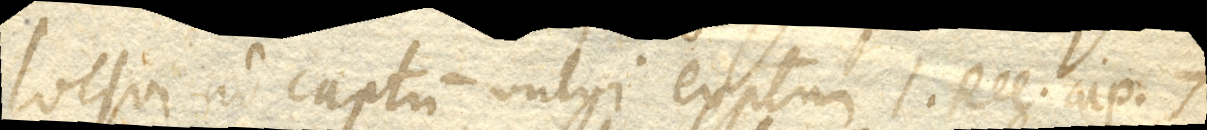
loqui ad captum vulgi exemplum 1. Reg. cap. 7